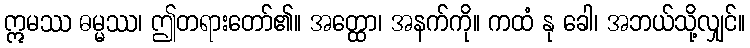
ဣမဿ ဓမ္မဿ၊ ဤတရားတော်၏။ အတ္ထော၊ အနက်ကို။ ကထံ နု ခေါ၊ အဘယ်သို့လျှင်။